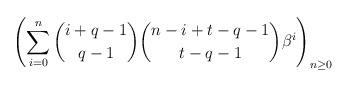
LaTeX: \begin{align*}\left(\sum_{i=0}^n \binom{i+q-1}{q-1}\binom{n-i+t-q-1}{t-q-1} \beta^i\right)_{n\ge 0}\end{align*}